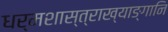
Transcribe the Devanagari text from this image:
धर्मशास्त्राख्याङ्गानि